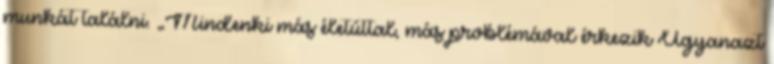
munkát találni. „Mindenki más életúttal, más problémával érkezik Ugyanazt